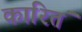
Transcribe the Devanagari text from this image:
कारितं